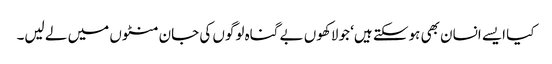
کیا ایسے انسان بھی ہوسکتے ہیں‘ جو لاکھوں بے گناہ لوگوں کی جان منٹوں میں لے لیں۔